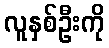
လူနှစ်ဦးကို